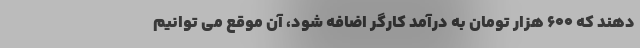
دهند که 600 هزار تومان به درآمد کارگر اضافه شود، آن موقع می توانیم